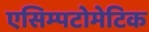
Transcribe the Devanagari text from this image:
एसिम्पटोमेटिक